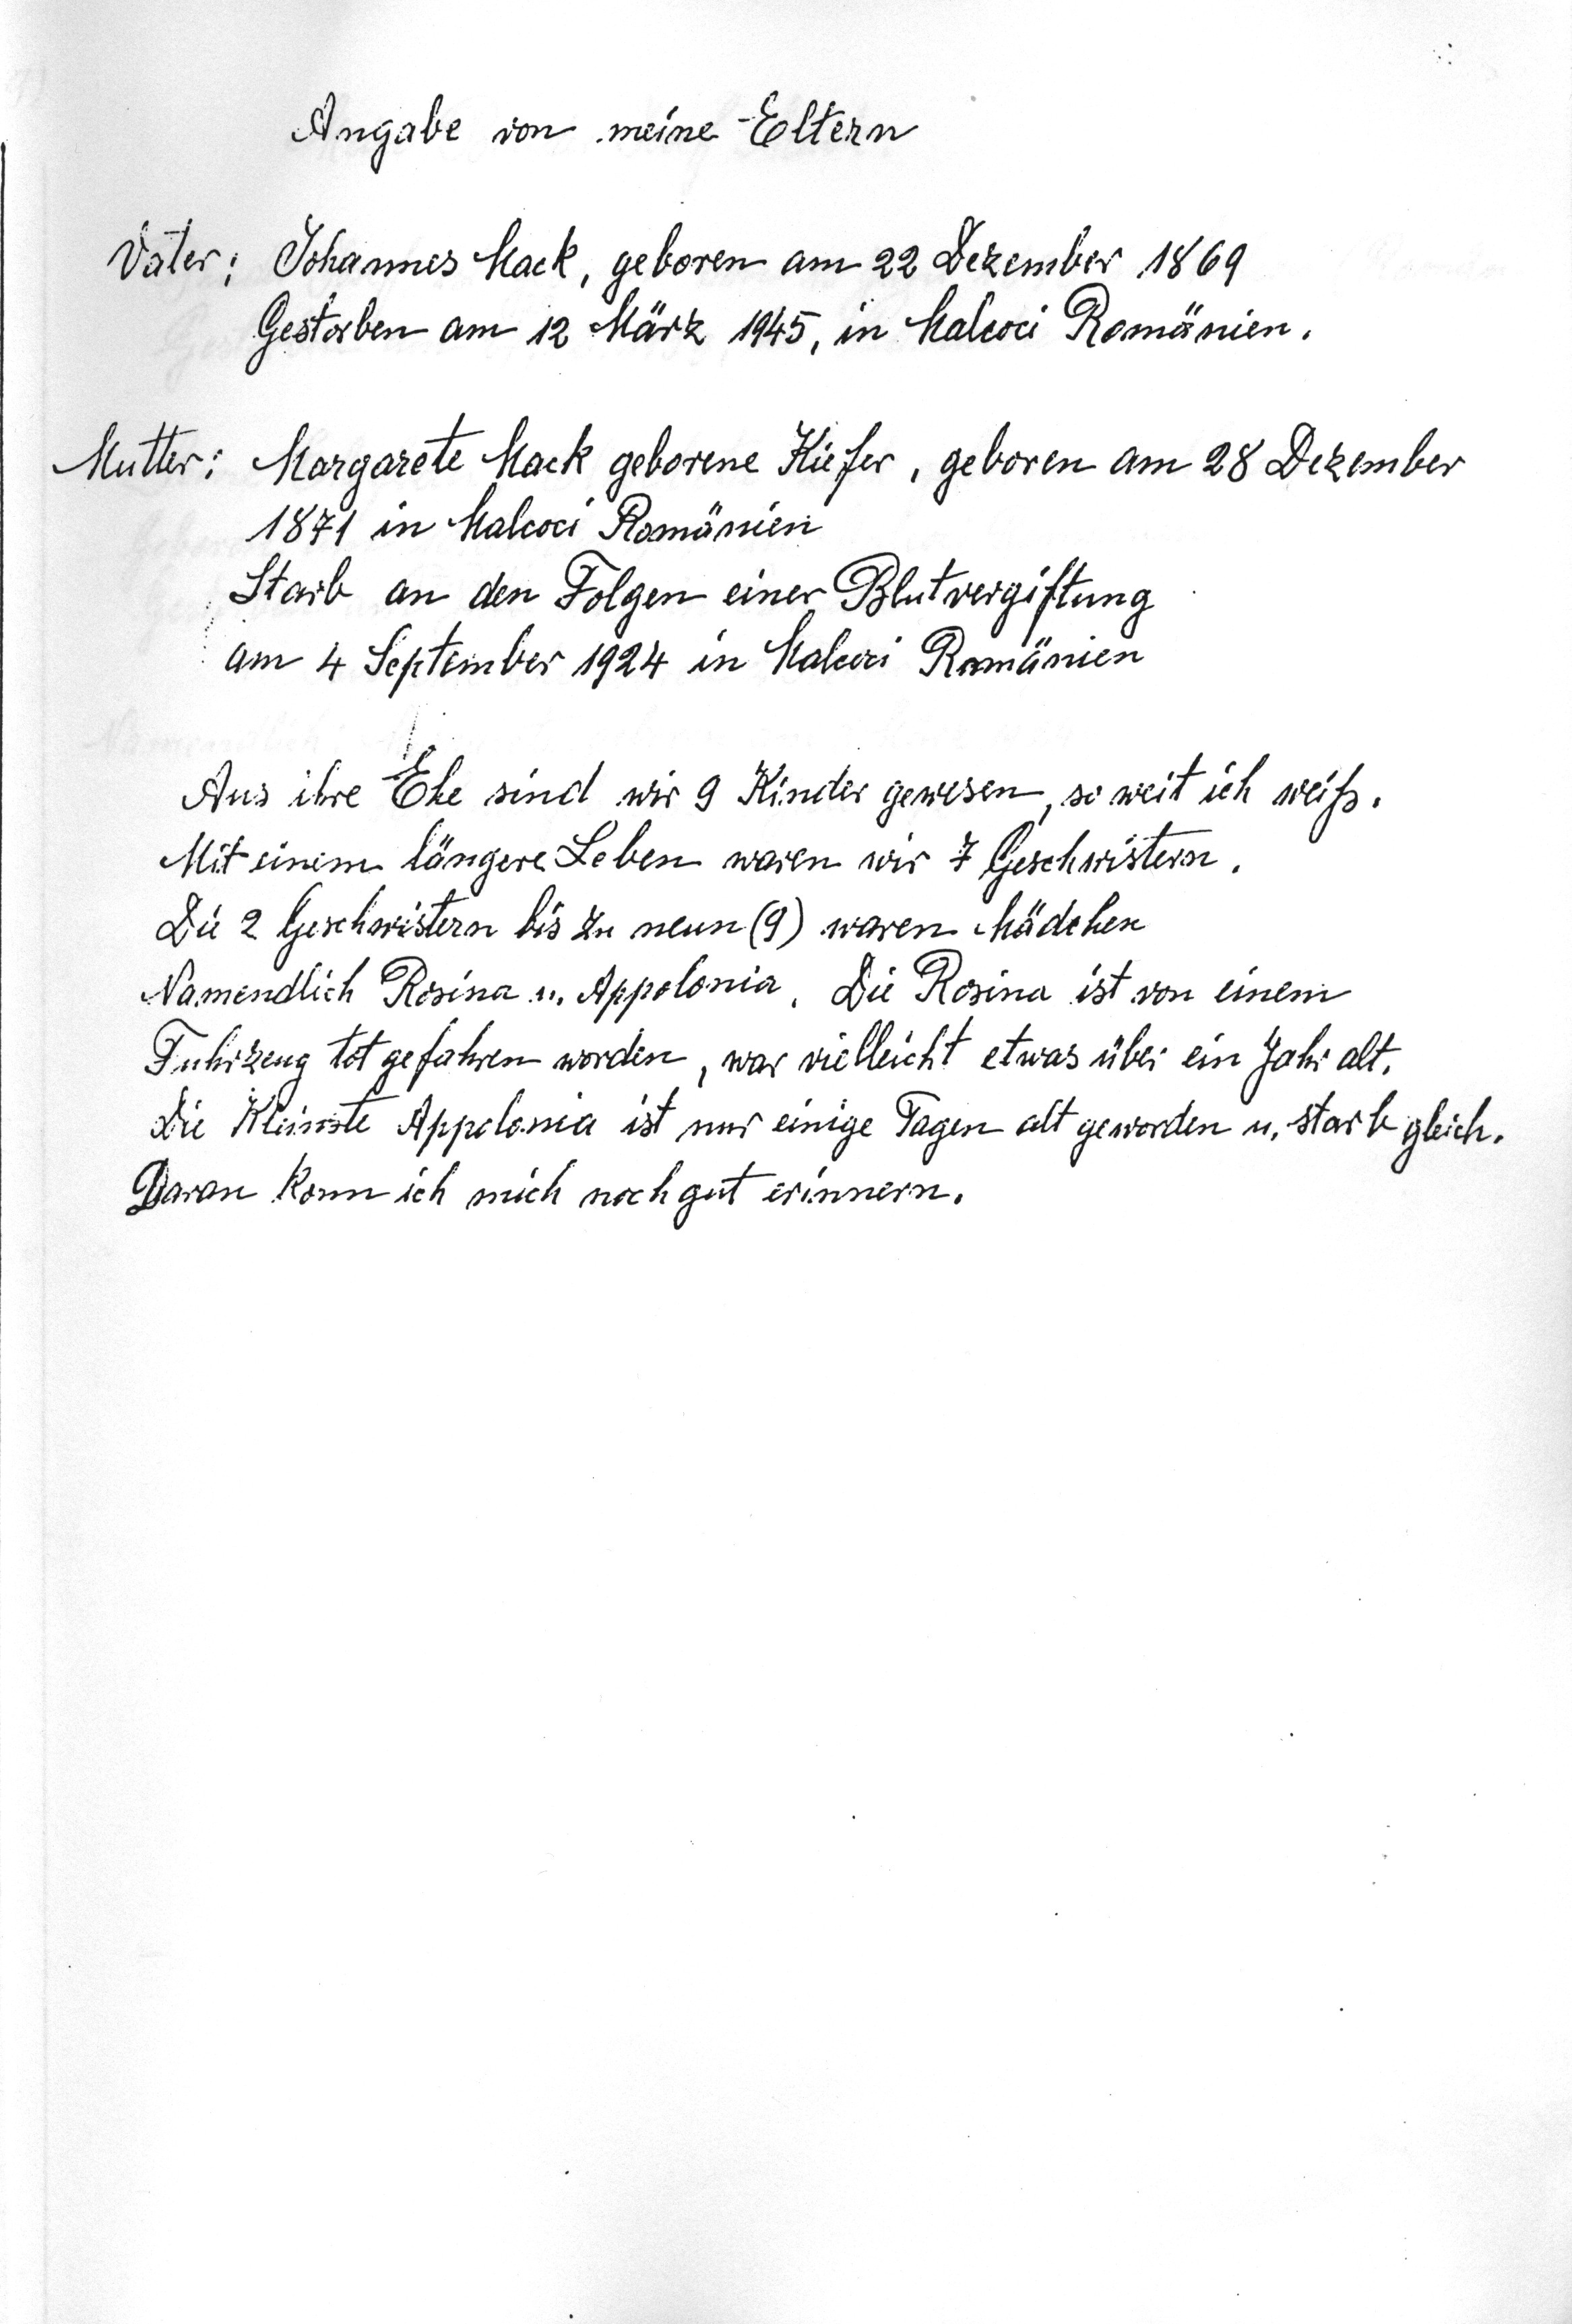
Angabe von meine Eltern
Vater: Johannes Mack, geboren am 22. Dezember 1869
Gestorben am 12 März 1945 in Malcoci Romänien
Mutter:  Margarete Mack geborene Kiefer, geboren am 28. Dezember
1871 in Malcoci Romänien
Starb an den Folgen einer Blutvergiftung
am 4 September 1924 in Malcoci Romänien
Aus ihre Ehe sind wir 9 Kinder gewesen, so weit ich weiß.
Mit einem längere Leben waren wir 7 Geschwistern.
Die 2 Geschwistern bis zu neun (9) waren Mädchen
Namendlich Rosina u. Appolonia. Die Rosina ist von einem
Fahrzeug tot gefahren worden. war vielleicht etwas über ein Jahr alt.
Die kleinste Appolonia ist nur einige Tage alt geworden u. starb gleich.
Daran kann ich mich noch gut erinnern.